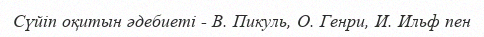
Сүйіп оқитын әдебиеті - В. Пикуль, О. Генри, И. Ильф пен